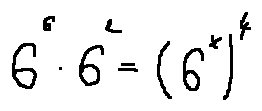
6 ^ { 6 } \cdot 6 ^ { 2 } = ( 6 ^ { x } ) ^ { 4 }